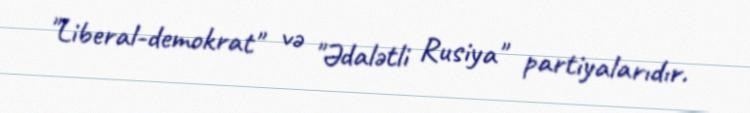
"Liberal-demokrat" və "Ədalətli Rusiya" partiyalarıdır.